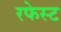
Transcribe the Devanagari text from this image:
रफेस्ट